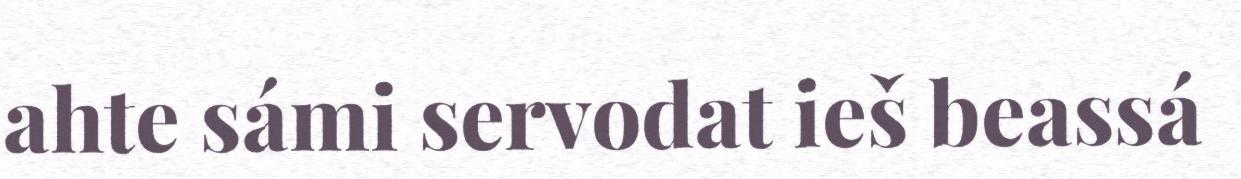
ahte sámi servodat ieš beassá